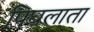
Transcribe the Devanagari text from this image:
पिघलाता